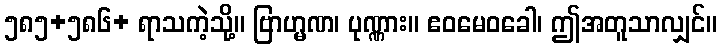
၅၈၅+၅၈၆+ ရာသကဲ့သို့။ ဗြာဟ္မဏ၊ ပုဏ္ဏား။ ဧဝမေဝခေါ၊ ဤအတူသာလျှင်။